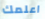
اعلمك